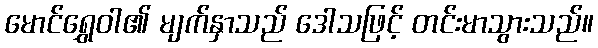
မောင်ရွှေဝါ၏ မျက်နှာသည် ဒေါသဖြင့် တင်းမာသွားသည်။